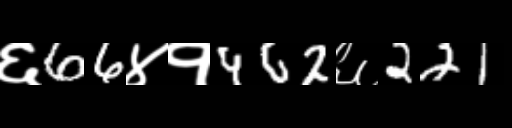
Text: ६66४१462६221